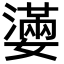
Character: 𡣩